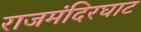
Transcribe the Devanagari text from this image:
राजमंदिरघाट